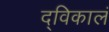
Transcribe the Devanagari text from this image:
द्विकालं